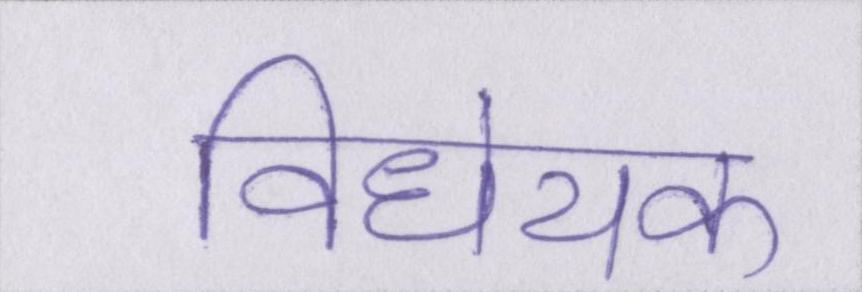
विधेयक